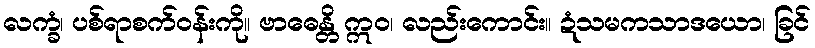
လက္ခံ၊ ပစ်ရာစက်ဝန်းကို။ ဗာဓေန္တိ ဣဝ၊ လည်းကောင်း။ ဍံသမကသာဒယော၊ ခြင်